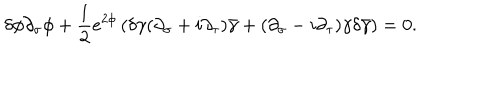
LaTeX: \delta \phi \partial _ { \sigma } \phi + \frac { 1 } { 2 } e ^ { 2 \phi } \left( \delta \gamma ( \partial _ { \sigma } + i \partial _ { \tau } ) \bar { \gamma } + ( \partial _ { \sigma } - i \partial _ { \tau } ) \gamma \delta \bar { \gamma } \right) = 0 .